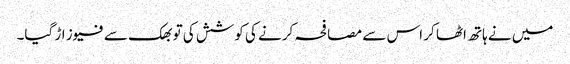
میں نے ہاتھ اٹھا کر اس سے مصافحہ کرنے کی کوشش کی تو بھک سے فیوز اڑ گیا۔